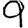
Digit: 9